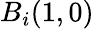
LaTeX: B_{i}(1,0)